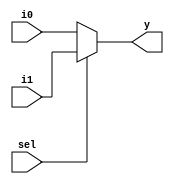
`timescale 1ns / 1ps
//////////////////////////////////////////////////////////////////////////////////
// Company: 
// Engineer: 
// 
// Design Name: 
// Module Name: MUX4x1MUX2x1
// Project Name: 
// Target Devices: 
// Tool Versions: 
// Description: 
// 
// Dependencies: 
// 
// Revision:
// Revision 0.01 - File Created
// Additional Comments:
// 
//////////////////////////////////////////////////////////////////////////////////


module MUX4x1MUX2x1(input i0,i1,sel, output y  );
assign y=sel? i1:i0;
endmodule

module MUX_4x1(input i0,i1,i2,i3,input sel1,sel0, output y);
wire y0,y1;

MUX4x1MUX2x1 m1(sel1,i2,i3,y1);
MUX4x1MUX2x1 m2(sel1,i1,i0,y0);
MUX4x1MUX2x1 m3(sel0,y0,y1,y);
endmodule